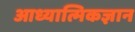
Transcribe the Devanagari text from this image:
आध्यात्मिकज्ञान